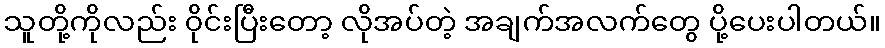
သူတို့ကိုလည်း ၀ိုင်းပြီးတော့ လိုအပ်တဲ့ အချက်အလက်တွေ ပို့ပေးပါတယ်။